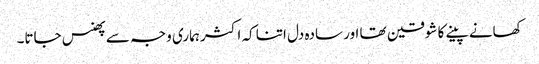
کھانے پینے کا شوقین تھا اور سادہ دل اتنا کہ اکثر ہماری وجہ سے پھنس جاتا۔